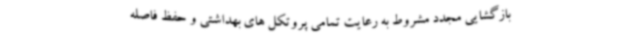
بازگشایی مجدد مشروط به رعایت تمامی پروتکل های بهداشتی و حفظ فاصله